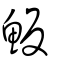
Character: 魬